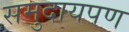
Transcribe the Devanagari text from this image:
समुदायपण